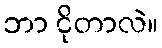
ဘာ ငိုတာလဲ။